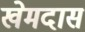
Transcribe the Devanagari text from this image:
खेमदास